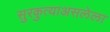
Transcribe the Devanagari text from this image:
सुरकुत्याअसलेला